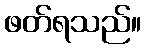
ဖတ်ရသည်။